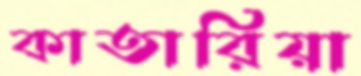
কাতারিয়া